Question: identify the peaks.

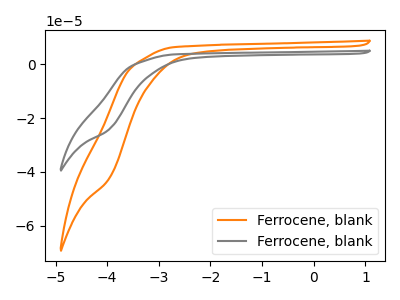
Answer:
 <answer>The orange curve "Ferrocene, blank1" has no peaks. The gray curve "Ferrocene, blank2" has no peaks.</answer>
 <eval></eval>